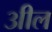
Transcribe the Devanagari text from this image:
३ाील